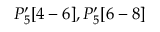
P _ { 5 } ^ { \prime } [ 4 - 6 ] , P _ { 5 } ^ { \prime } [ 6 - 8 ]